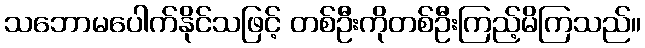
သဘောမပေါက်နိုင်သဖြင့် တစ်ဦးကိုတစ်ဦးကြည့်မိကြသည်။